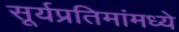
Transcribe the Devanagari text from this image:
सूर्यप्रतिमांमध्ये